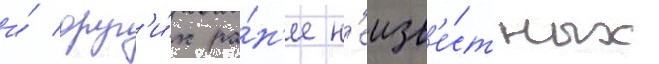
и́ друг'и́х ра́н'ее н'еизв'е́стных